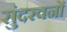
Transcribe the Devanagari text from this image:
सुंदरवनों